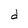
Character: d